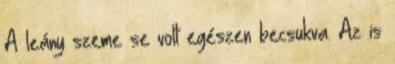
A leány szeme se volt egészen becsukva. Az is